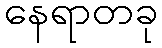
နေရာတခု